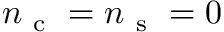
n _ { \mathrm { ~ c ~ } } = n _ { \mathrm { ~ s ~ } } = 0